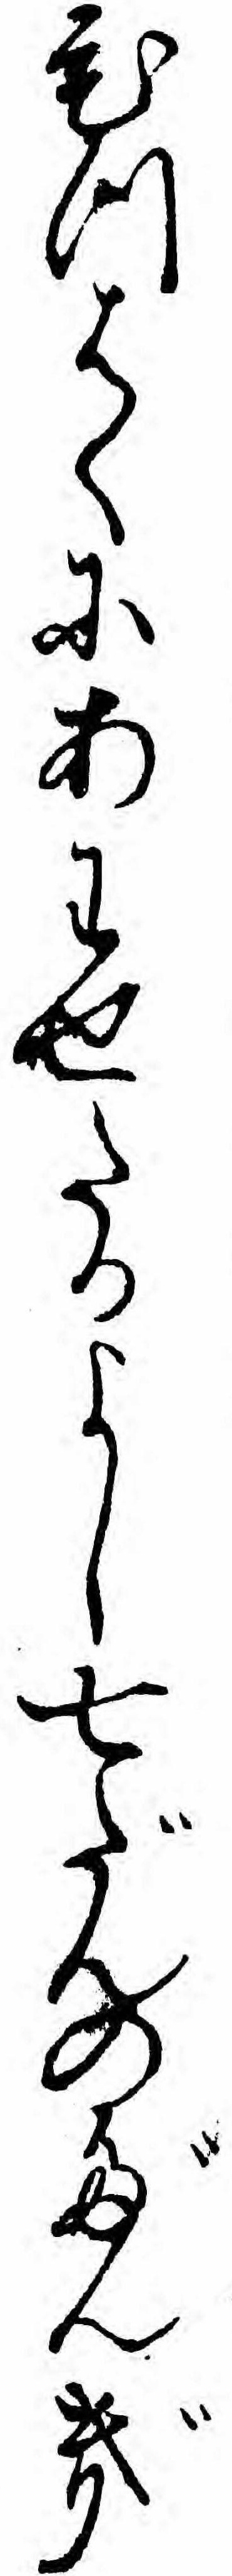
ひつはくにあわせたるよし七だんのだんぎ